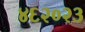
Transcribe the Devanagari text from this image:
४६२०२३